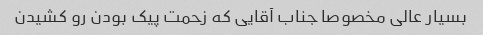
بسیار عالی مخصوصا جناب آقایی که زحمت پیک بودن رو کشیدن